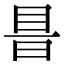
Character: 𥅏